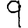
Digit: 9